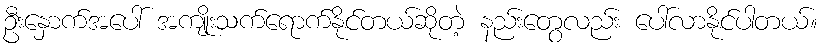
ဦးနှောက်အပေါ် အကျိုးသက်ရောက်နိုင်တယ်ဆိုတဲ့ နည်းတွေလည်း ပေါ်လာနိုင်ပါတယ်။